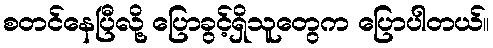
စတင်နေပြီလို့ ပြောခွင့်ရှိသူတွေက ပြောပါတယ်။